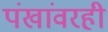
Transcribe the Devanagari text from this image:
पंखांवरही